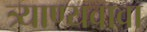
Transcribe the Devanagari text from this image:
त्र्याण्यवावा